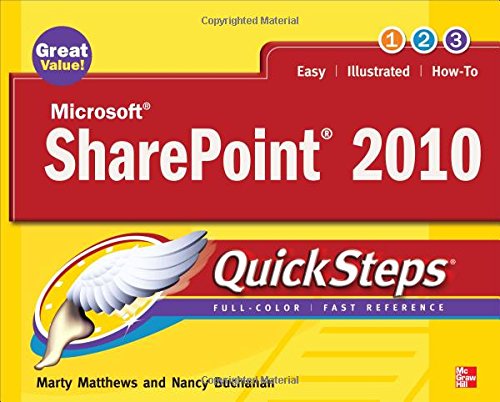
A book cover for Microsoft SharePoint 2010 QuickSteps; Marty Matthews; Computers & Technology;